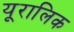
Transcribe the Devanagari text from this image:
यूरालिक